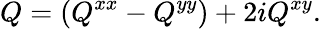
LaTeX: Q=(Q^{xx}-Q^{yy})+2iQ^{xy}.